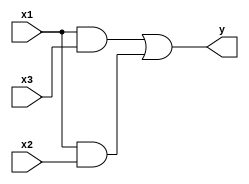
module Assignment ( input x1, x2, x3, output y);
    wire w1, w2, w3, w4, w5, w6;
    and and1 (w1, x1, x3);
    and and2 (w2, x1, x2);
    or or1(y, w1, w2);
endmodule